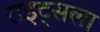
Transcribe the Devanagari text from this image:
राइट्सला